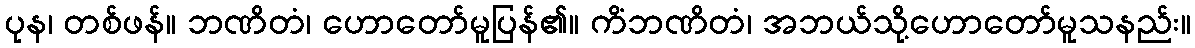
ပုန၊ တစ်ဖန်။ ဘဏိတံ၊ ဟောတော်မူပြန်၏။ ကိံဘဏိတံ၊ အဘယ်သို့ဟောတော်မူသနည်း။